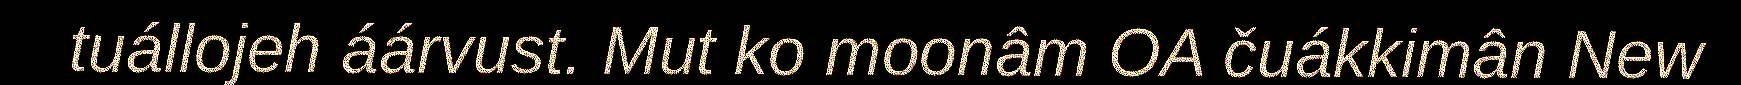
tuállojeh áárvust. Mut ko moonâm OA čuákkimân New